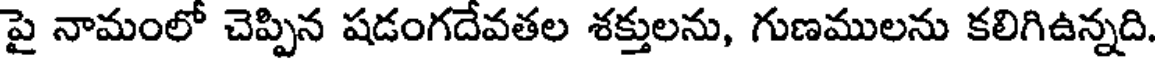
పై నామంలో చెప్పిన షడంగదేవతల శక్తులను, గుణములను కలిగిఉన్నది